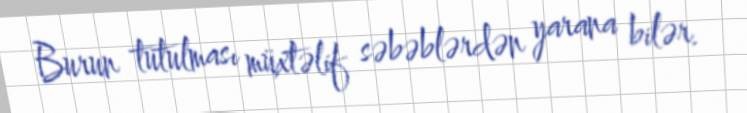
Burun tutulması müxtəlif səbəblərdən yarana bilər.